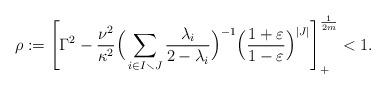
LaTeX: \begin{align*}\rho :=\left[\Gamma^2 -\frac{\nu^2}{\kappa^2}\Big(\sum_{i\in I\smallsetminus J}\frac{\lambda_i}{2-\lambda_i}\Big)^{-1}\Big(\frac{1+\varepsilon}{1 -\varepsilon}\Big)^{|J|}\right]_+^{\frac{1}{2m}} <1.\end{align*}